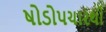
ષોડોપચારથી